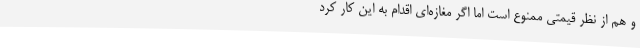
و هم از نظر قیمتی ممنوع است اما اگر مغازه‌ای اقدام به این کار کرد